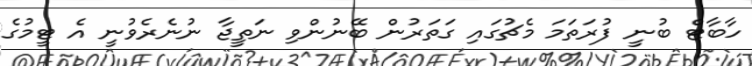
ހާބާޓް ބުނީ ފުރަތަމަ މެޗުގައި ގަތަރުން ބޭނުންވި ނަތީޖާ ނުނެރެވުނީ އެ ޓީމުގެ